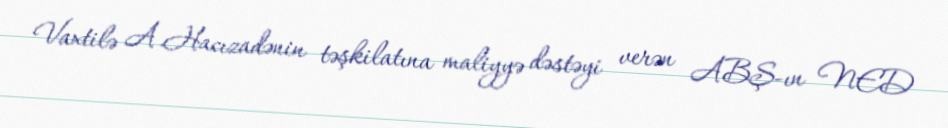
Vaxtilə A.Hacızadənin təşkilatına maliyyə dəstəyi verən ABŞ-ın NED